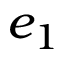
e _ { 1 }